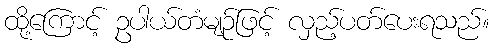
ထို့ကြောင့် ဥပါယ်တံမျဉ်ဖြင့် လှည့်ပတ်ပေးရသည်။